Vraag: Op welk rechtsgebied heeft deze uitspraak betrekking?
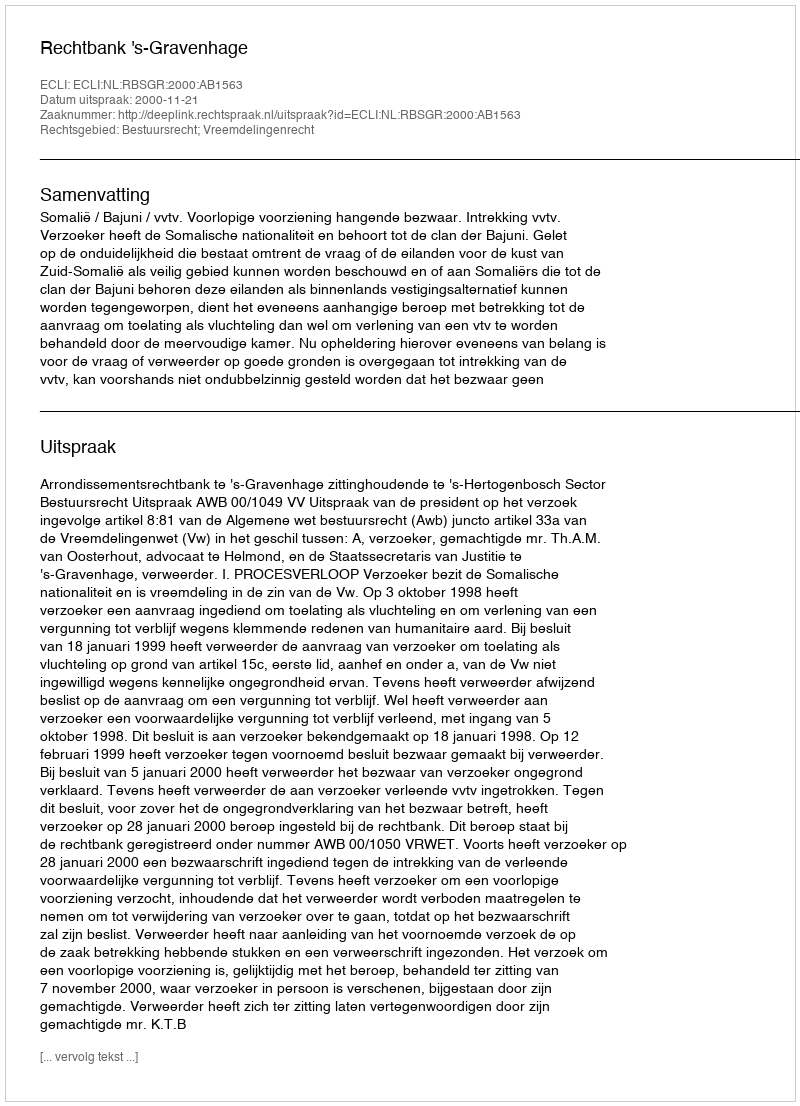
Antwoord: Bestuursrecht; Vreemdelingenrecht